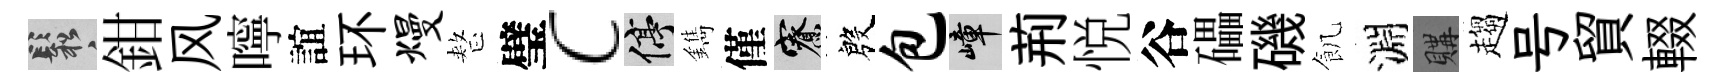
鬆鉗风嚀誼环熳整璧c停鐫僅寮殷包嶂荊悦谷礧磯飢淵購趨号貿輟